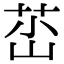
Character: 𡷺